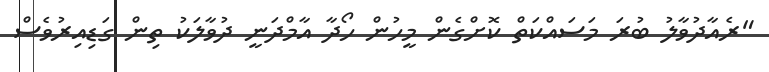
"ރެއާދުވާލު ބުރަ މަސައްކަތް ކޮށްގެން މީހުން ހޯދާ އާމްދަނީ ދުވާލަކު ތިން ގަޑިއިރުވެސް